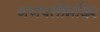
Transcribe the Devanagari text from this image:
गणपतीमंदिर